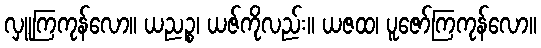
လှူကြကုန်လော။ ယညဉ္စ၊ ယဇ်ကိုလည်း။ ယဇထ၊ ပူဇော်ကြကုန်လော။